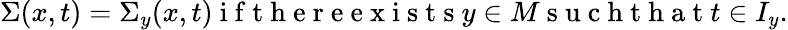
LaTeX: \Sigma(x,t)=\Sigma_{y}(x,t)\mathrm{~i~f~t~h~e~r~e~e~x~i~s~t~s~}y\in M\mathrm{~s~u~c~h~t~h~a~t~}t\in I_{y}.